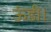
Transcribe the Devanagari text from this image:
ऊंडी।